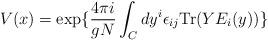
LaTeX: \begin{align*}V(x)=\exp\{{ 4\pi i\over gN} \int_C dy^i\epsilon_{ij}{\rm Tr}(YE_i(y))\}\end{align*}